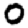
Digit: 0